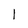
Character: l